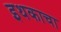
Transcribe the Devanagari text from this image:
इथकाचा